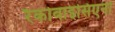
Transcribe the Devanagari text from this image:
रैकोवाइसिएनो